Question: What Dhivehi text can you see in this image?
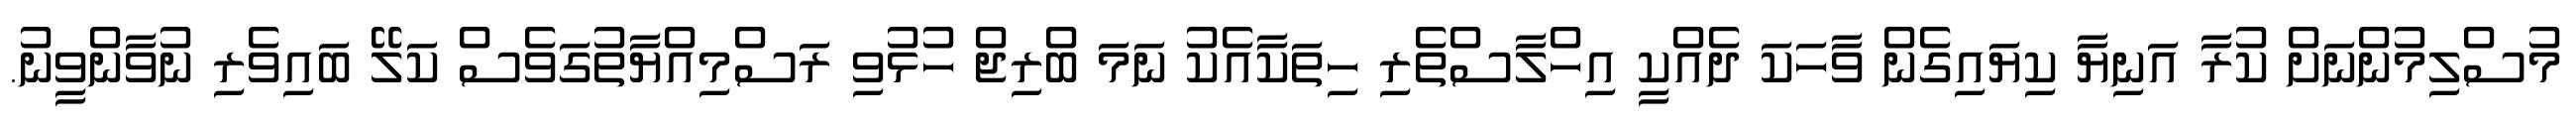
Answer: މުސްލިމުންނަށް ކުރާ އަނިޔާ ކިޔައިގެން ވާހަކަ ދެއްކީ އިހްލާސްތެރި ހިތަކާއެކު ނަމަ ބްރިޖް ހުޅުވި ރަސްމިއްޔާތުގަވެސް ކަލޭ ބައިވެރި ނުވާންވީނު.